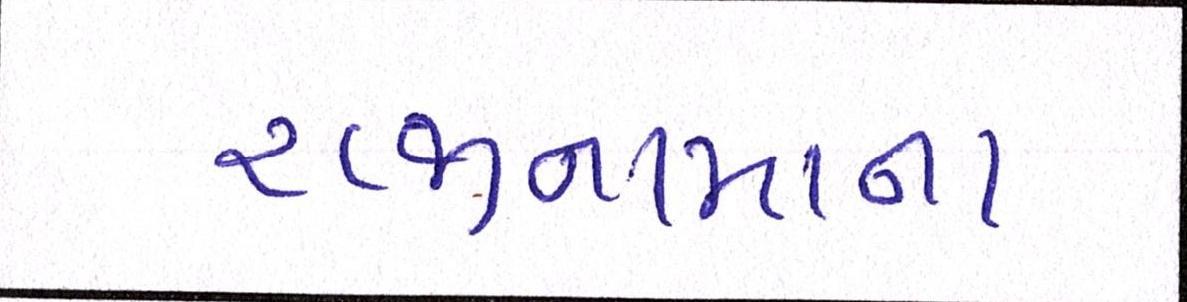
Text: રાજીનામાના